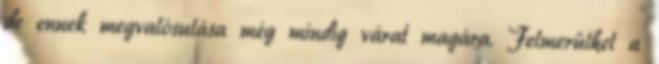
de ennek megvalósulása még mindig várat magára. Felmerülhet a